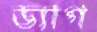
ড্যাগ